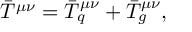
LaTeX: \bar { T } ^ { \mu \nu } = \bar { T } _ { q } ^ { \mu \nu } + \bar { T } _ { g } ^ { \mu \nu } ,